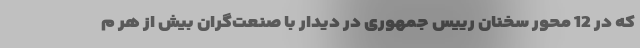
که در 12 محور سخنان رییس جمهوری در دیدار با صنعت‌گران بیش از هر م